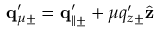
{ \bf q } _ { \mu \pm } ^ { \prime } = { \bf q } _ { \parallel \pm } ^ { \prime } + \mu q _ { z \pm } ^ { \prime } \hat { \bf z }